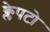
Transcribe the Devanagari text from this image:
क्लेपटो